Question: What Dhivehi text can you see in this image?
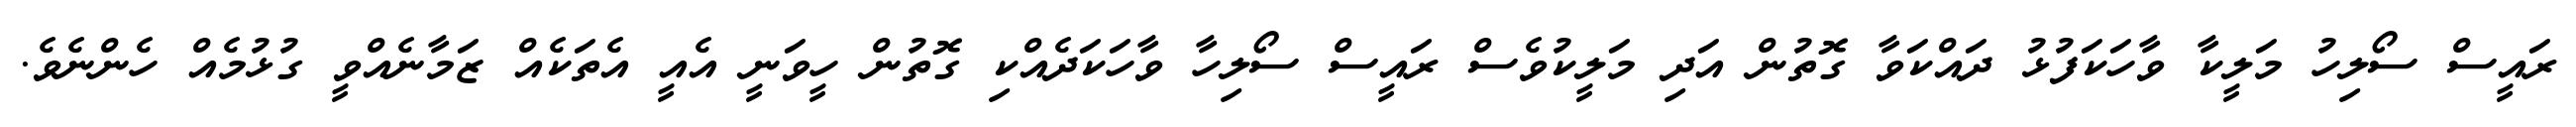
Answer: ރައީސް ސޯލިހު މަލީކާ ވާހަކަފުޅު ދައްކަވާ ގޮތުން އަދި މަލީކުވެސް ރައީސް ސޯލިހާ ވާހަކަދެއްކި ގޮތުން ހީވަނީ އެއީ އެތަކެއް ޒަމާނެއްވީ ގުޅުމެއް ހެންނެވެ.